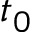
t _ { 0 }